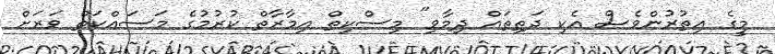
މީގެ އިތުރުންވެސް އެކި ދަތިތައް ދިމާވި" މިސްކިތް އިމާރާތް ކުރުމުގެ މަސައްކަތް ވަރަށް